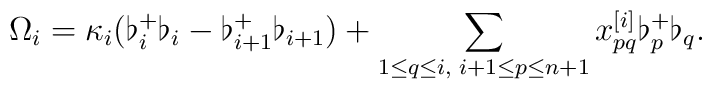
\Omega _i=\kappa _i(\flat_i^+\flat_i-\flat_{i+1}^+\flat_{i+1})+\sum_{1\leq q\leq i,\; i+1\leq p\leq n+1}x^{[i]}_{pq}\flat_p^+\flat_q.